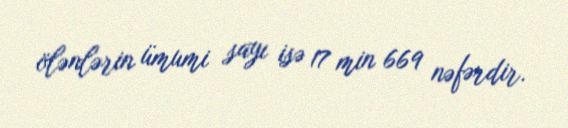
ölənlərin ümumi sayı isə 17 min 669 nəfərdir.